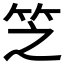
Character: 𬔱